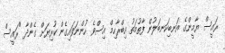
ރައީސް ޔާމީންގެ އަނބިކަނބަލުން ފާތުމަތު އިބްރާހިމް އިސްވެ ހުންނަވައިގެން ކުރިޔަށް ގެންދާ "ރައީސް